18_6369445_General_1948_Vol_1
Agency: Department of War
Incident date: 6/15/48
Page 9
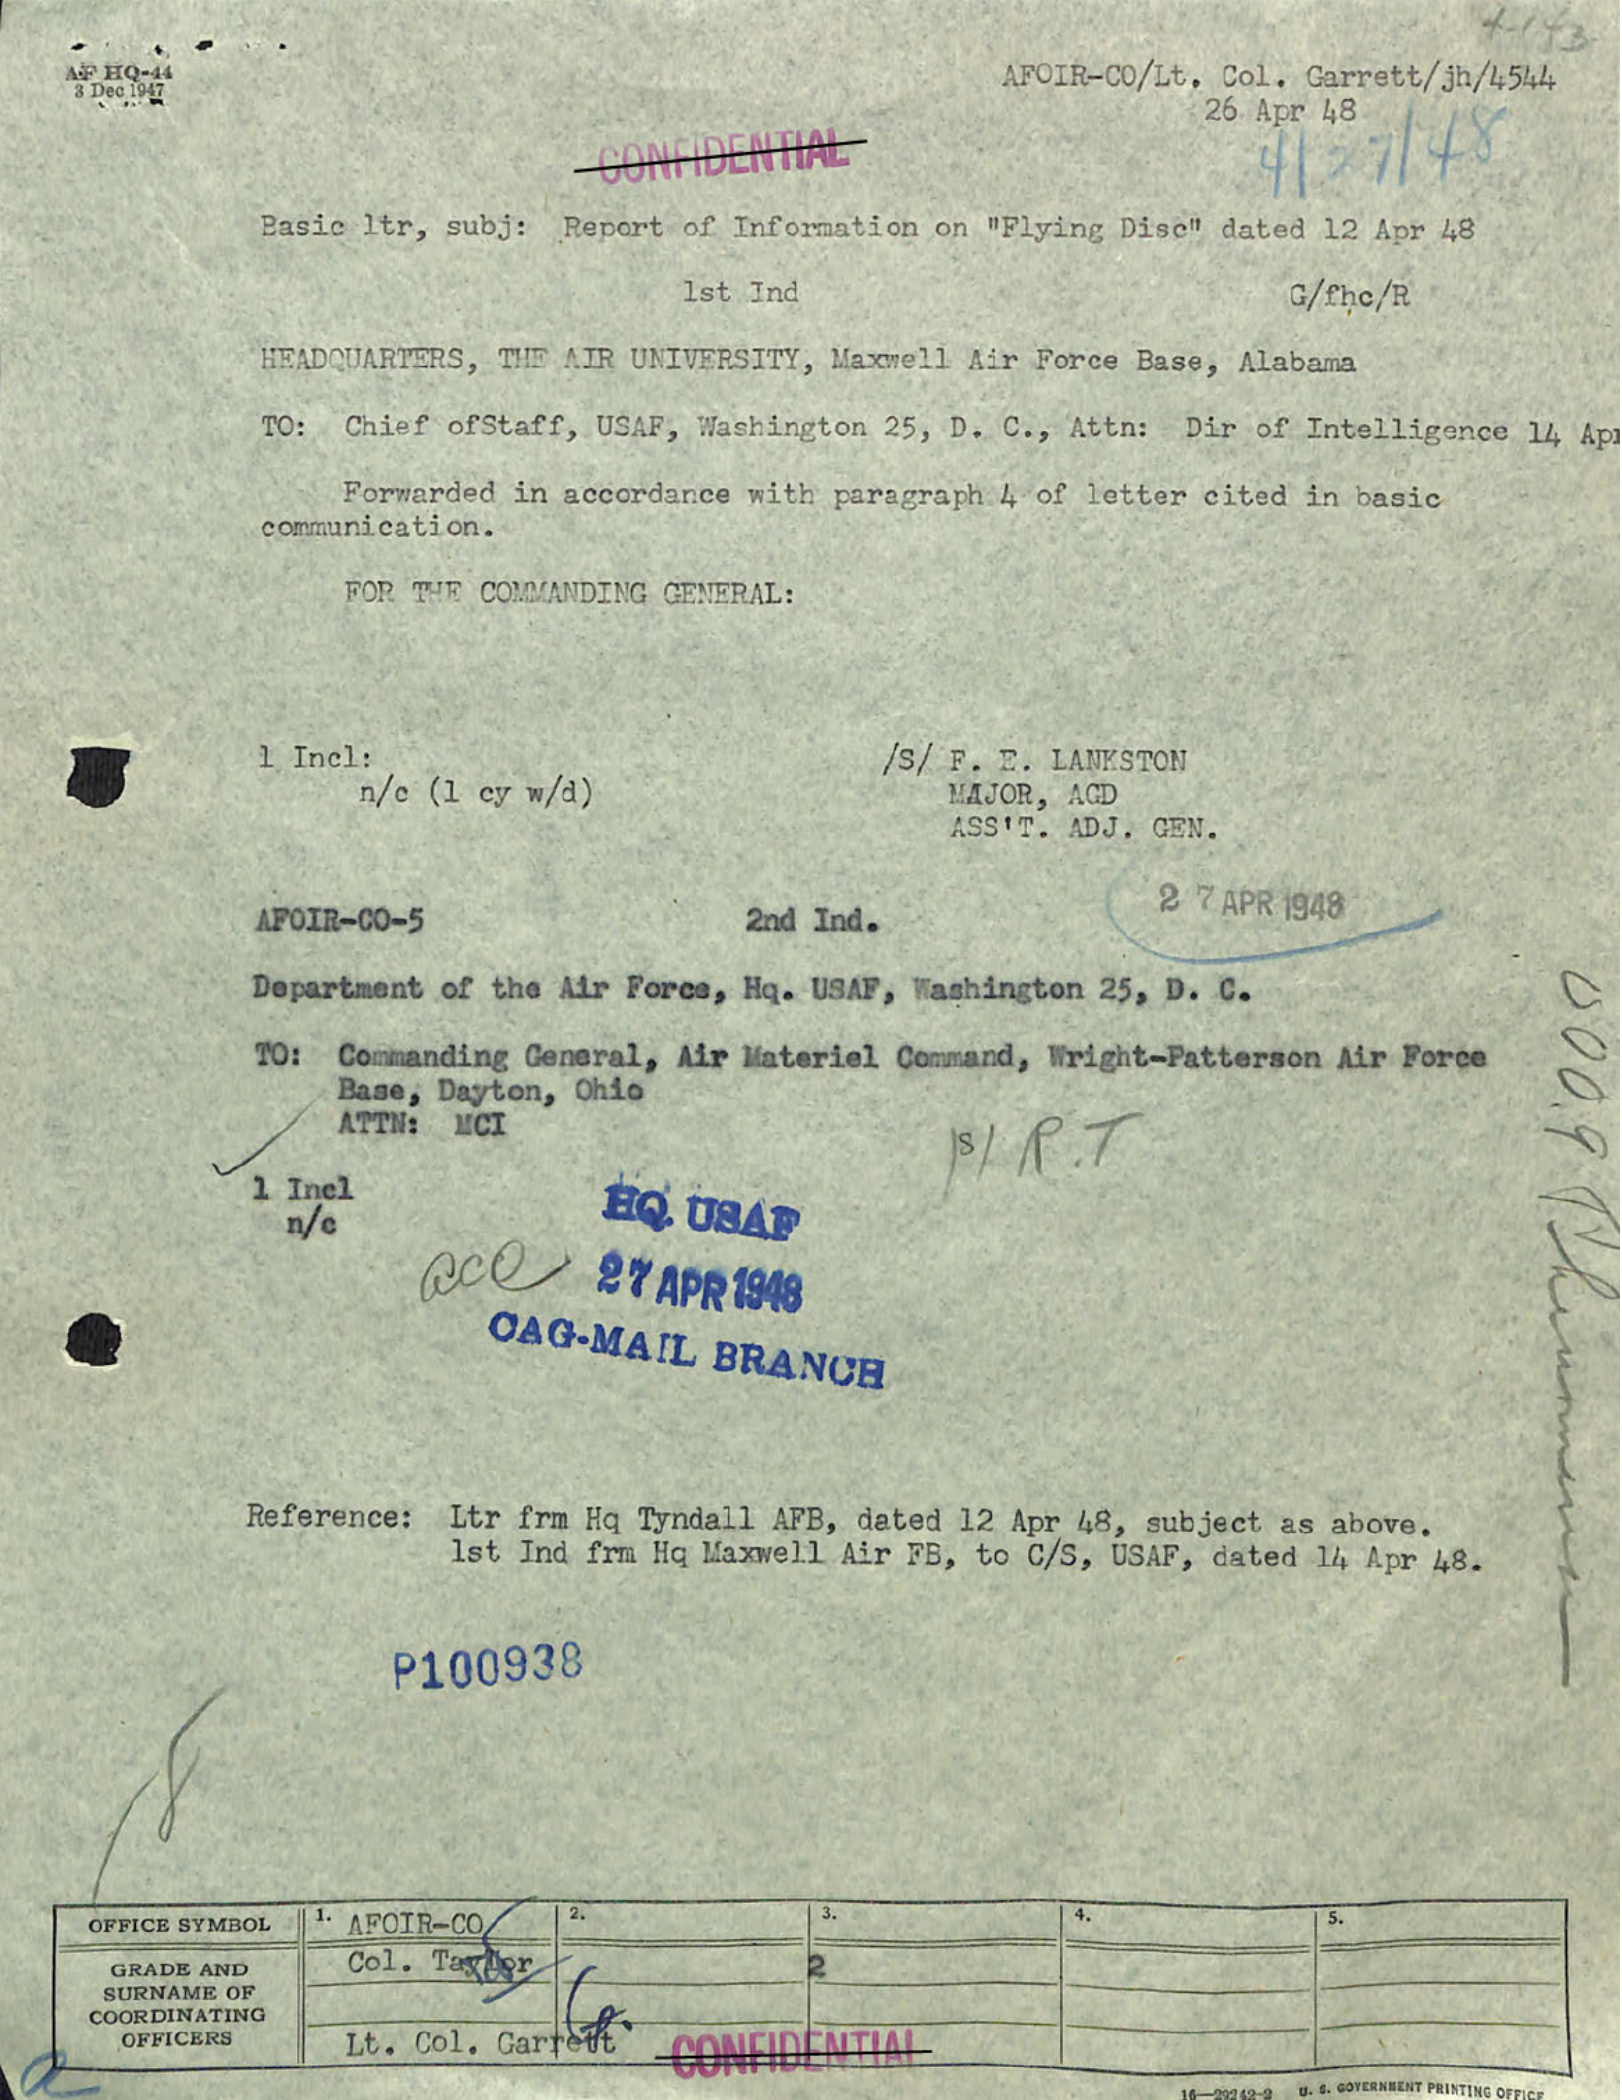